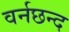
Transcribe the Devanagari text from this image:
वर्नछन्द